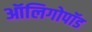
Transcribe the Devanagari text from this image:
ऑलिगोपॉड